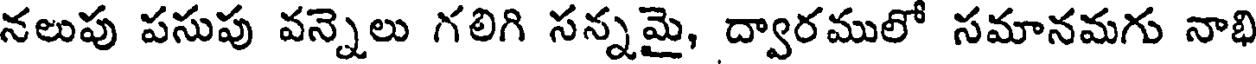
నలుపు పసుపు వన్నెలు గలిగి సన్నమై, ద్వారములో సమానమగు నాభి